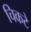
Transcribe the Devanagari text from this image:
चिकटे